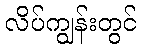
လိပ်ကျွန်းတွင်